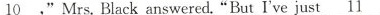
_10,"Mrs.Black answered."But I've just __11_